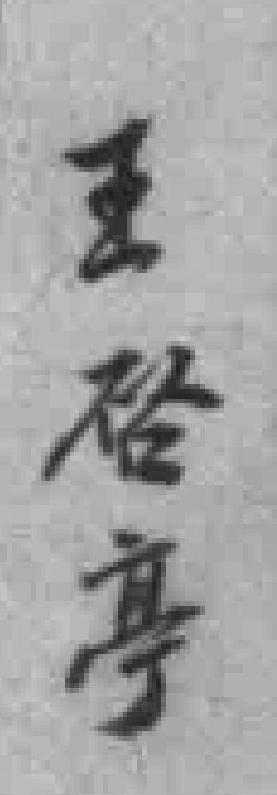
王唘𠅘